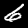
Label: 6